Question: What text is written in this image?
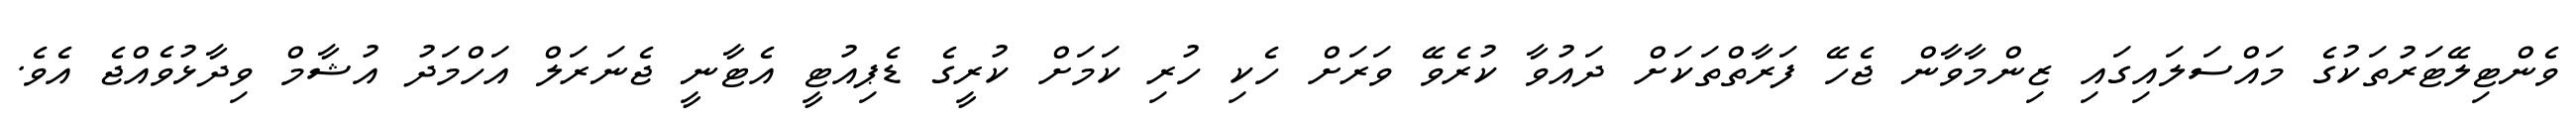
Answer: ވެންޓިލޭޓަރުތަކުގެ މައްސަލައިގައި ޒިންމާވާން ޖެހޭ ފަރާތްތަކަށް ދައުވާ ކުރެވޭ ވަރަށް ހެކި ހުރި ކަމަށް ކުރީގެ ޑެޕިއުޓީ އެޓާނީ ޖެނަރަލް އަހްމަދު އުޝާމް ވިދާޅުވެއްޖެ އެވެ.